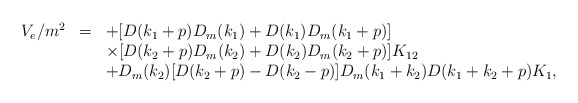
\begin{align*}\begin{array}{rcl}V_e/m^2&=&\displaystyle +[D(k_1+p)D_m(k_1)+D(k_1)D_m(k_1+p)]\\&&\displaystyle \times[D(k_2+p)D_m(k_2)+D(k_2)D_m(k_2+p)]K_{12}\\&&\displaystyle +D_m(k_2)[D(k_2+p)-D(k_2-p)]D_m(k_1+k_2)D(k_1+k_2+p)K_1, \end{array}\end{align*}